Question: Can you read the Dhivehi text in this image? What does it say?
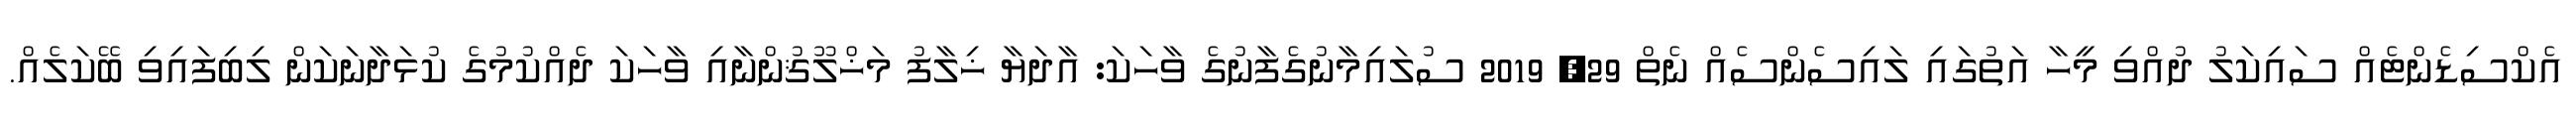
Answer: އެކްސިޑެންޓެއް ސައިކަލު ދުއްވި މީހާ އަތުގައި ލައިސެންސެއް ނެތް 29, 2019 ސުލައިމާނުގެފާނުގެ ވާހަކަ: އާދަޔާ ޚިލާފު މަޚްލޫޤުންނާއި ވާހަކަ ދެއްކުމުގެ ކުޅަދާނަކަން ލިބިފައިވި ބޭކަލެއް.